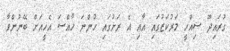
ގުރައިދޫ ސިއްހީ މަރުކަޒުގައި އާއި އެ ރަށުގައި ހުންނަ ހާއްސަ އެހީއަށް ބޭނުންވާ